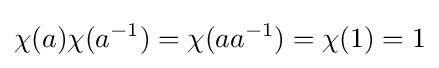
\chi (a)\chi (a^{-1})=\chi (aa^{-1})=\chi (1)=1